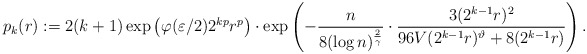
\begin{align*}p_k(r) := 2 (k+1) \exp \left( \varphi(\varepsilon/2) 2^{k p} r^p \right) \cdot \exp \left( - \frac{n}{8 (\log n)^{\frac{2}{\gamma}}} \cdot \frac{3 (2^{k-1} r)^2}{96 V (2^{k-1} r)^{\vartheta} + 8 (2^{k-1} r)} \right).\end{align*}